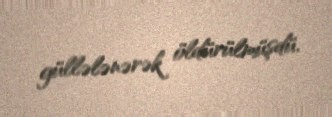
güllələnərək öldürülmüşdü.